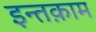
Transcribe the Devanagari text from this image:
इन्तक़ाम